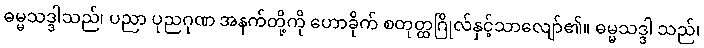
ဓမ္မသဒ္ဒါသည်၊ ပညာ ပုညဂုဏ အနက်တို့ကို ဟောခိုက် စတုတ္ထဂြိုလ်နှင့်သာလျော်၏။ ဓမ္မသဒ္ဒါ သည်၊